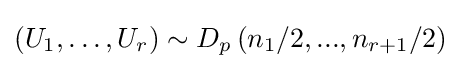
\left(U_{1},\ldots ,U_{r}\right)\sim D_{p}\left(n_{1}/2,...,n_{r+1}/2\right)